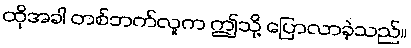
ထိုအခါ တစ်ဘက်လူက ဤသို့ ပြောလာခဲ့သည်။